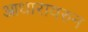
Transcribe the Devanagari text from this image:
आधारावरुन